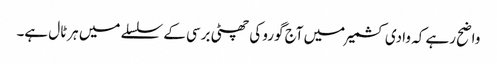
واضح رہے کہ وادی کشمیر میں آج گورو کی چھٹی برسی کے سلسلے میں ہرٹال ہے۔